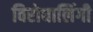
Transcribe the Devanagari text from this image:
विरोधालिंगी